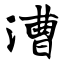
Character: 漕